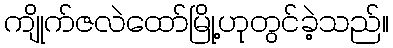
ကျိုက်ဇလဲထော်မြို့ဟုတွင်ခဲ့သည်။